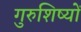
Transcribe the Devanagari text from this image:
गुरुशिष्यों